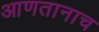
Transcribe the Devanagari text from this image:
आणतानाच